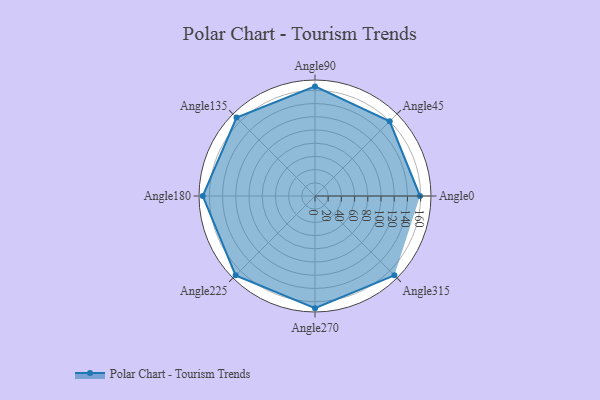
{"axis": {"x": "Angle", "y": "Radius"}, "legend": [""], "data": [{"x": "Angle0", "y": 159.0, "type": ""}, {"x": "Angle45", "y": 160.0, "type": ""}, {"x": "Angle90", "y": 166.0, "type": ""}, {"x": "Angle135", "y": 168.0, "type": ""}, {"x": "Angle180", "y": 170.0, "type": ""}, {"x": "Angle225", "y": 170, "type": ""}, {"x": "Angle270", "y": 170, "type": ""}, {"x": "Angle315", "y": 170, "type": ""}]}